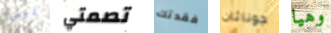
ليس تصمتي فقدتك جوناثان وهيا